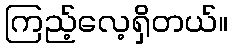
ကြည့်လေ့ရှိတယ်။